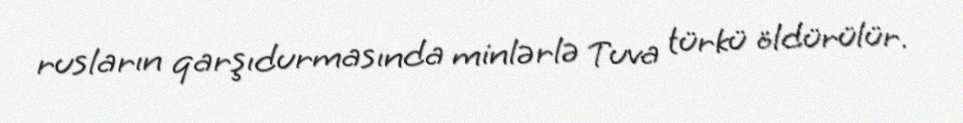
rusların qarşıdurmasında minlərlə Tuva türkü öldürülür.